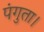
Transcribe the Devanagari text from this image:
पंगुता।